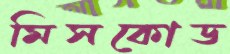
মিসকোড